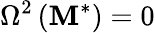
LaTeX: \Omega^{2}\left(\mathbf{M}^{*}\right)=0